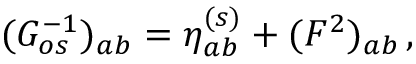
( G _ { o s } ^ { - 1 } ) _ { a b } = \eta _ { a b } ^ { ( s ) } + ( { \cal F } ^ { 2 } ) _ { a b } \, ,